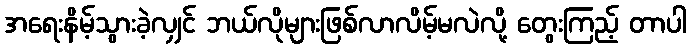
အရေးနိမ့်သွားခဲ့လျှင် ဘယ်လိုများဖြစ်လာလိမ့်မလဲလို့ တွေးကြည့် တာပါ